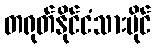
တရုတ်နိုင်ငံသားပိုင်